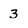
Character: 3